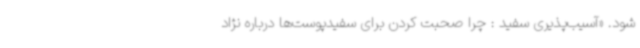
شود. «آسیب‌پذیری سفید : چرا صحبت کردن برای سفیدپوست‌ها درباره نژاد